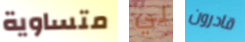
متساوية لي قادرون